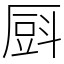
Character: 㕏